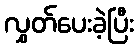
လွှတ်ပေးခဲ့ပြီး